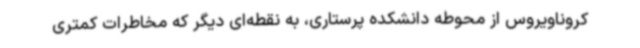
کروناویروس از محوطه دانشکده پرستاری، به نقطه‌ای دیگر که مخاطرات کمتری